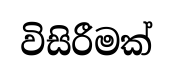
විසිරීමක්